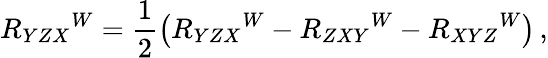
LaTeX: R_{YZX}{}^{W}=\frac 12\left(R_{YZX}{}^{W}-R_{ZXY}{}^{W}-R_{XYZ}{}^{W}\right)\, ,